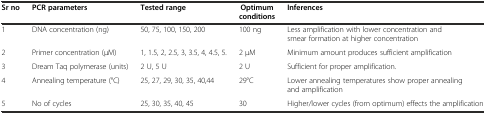
<table><thead><tr><td><b>Sr no</b></td><td><b>PCR parameters</b></td><td><b>Tested range</b></td><td><b>Optimum conditions</b></td><td><b>Inferences</b></td></tr></thead><tbody><tr><td>1</td><td>DNA concentration (ng)</td><td>50, 75, 100, 150, 200</td><td>100 ng</td><td>Less amplification with lower concentration and smear formation at higher concentration</td></tr><tr><td>2</td><td>Primer concentration (μM)</td><td>1, 1.5, 2, 2.5, 3, 3.5, 4, 4.5, 5.</td><td>2 μM</td><td>Minimum amount produces sufficient amplification</td></tr><tr><td>3</td><td>Dream Taq polymerase (units)</td><td>2 U, 5 U</td><td>2 U</td><td>Sufficient for proper amplification.</td></tr><tr><td>4</td><td>Annealing temperature (°C)</td><td>25, 27, 29, 30, 35, 40,44</td><td>29°C</td><td>Lower annealing temperatures show proper annealing and amplification</td></tr><tr><td>5</td><td>No of cycles</td><td>25, 30, 35, 40, 45</td><td>30</td><td>Higher/lower cycles (from optimum) effects the amplification</td></tr></tbody></table>